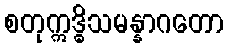
စတုဣဒ္ဓိသမန္နာဂတော